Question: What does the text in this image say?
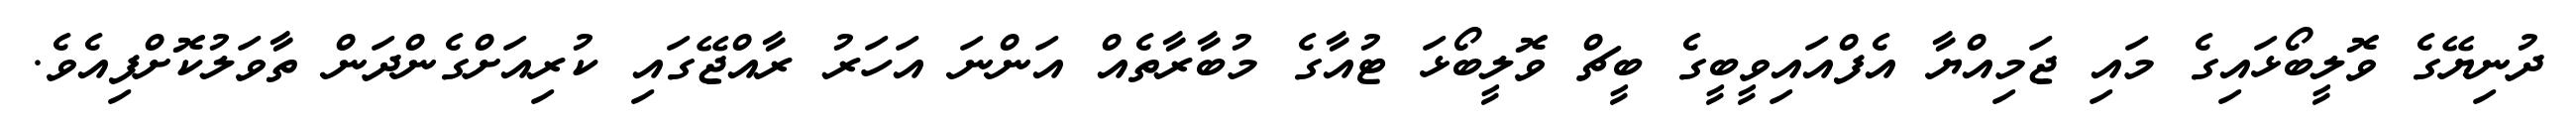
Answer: ދުނިޔޭގެ ވޮލީބޯޅައިގެ މައި ޖަމިއްޔާ އެފްއައިވީބީގެ ބީޗް ވޮލީބޯޅަ ޓުއާގެ މުބާރާތެއް އަންނަ އަހަރު ރާއްޖޭގައި ކުރިއަށްގެންދަން ތާވަލުކޮށްފިއެވެ.